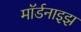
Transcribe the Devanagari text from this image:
मॉर्डनाइझ